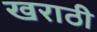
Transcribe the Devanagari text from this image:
खराठी